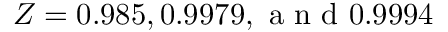
Z = 0 . 9 8 5 , 0 . 9 9 7 9 , \mathrm { ~ a ~ n ~ d ~ } 0 . 9 9 9 4